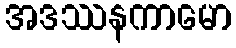
အဒဿနကာမော